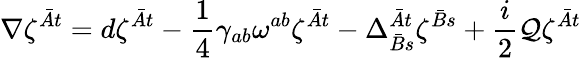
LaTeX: \nabla\zeta^{\bar{A}t}=d\zeta^{\bar{A}t}-{\frac{1}{4}}\gamma_{ab}\omega^{ab}\zeta^{\bar{A}t}-\Delta_{\bar{B}s}^{\bar{A}t}\zeta^{\bar{B}s}+{\frac{i}{2}}{\cal Q}\zeta^{\bar{A}t}